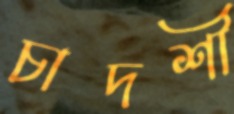
চাদশী